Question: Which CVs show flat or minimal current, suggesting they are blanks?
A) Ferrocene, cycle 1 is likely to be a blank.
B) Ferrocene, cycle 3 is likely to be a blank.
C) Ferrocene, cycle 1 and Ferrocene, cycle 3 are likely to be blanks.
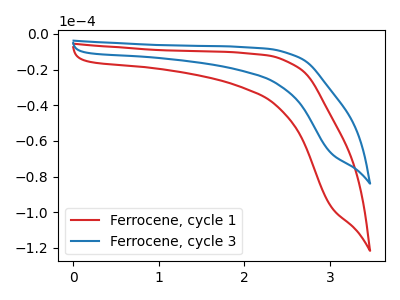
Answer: <think>The red curve "Ferrocene, cycle 1" has no peaks. The blue curve "Ferrocene, cycle 3" has no peaks.</think>
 <answer>C) "Ferrocene, cycle 1" and "Ferrocene, cycle 3" are likely to be blanks.</answer>
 <eval>C</eval>